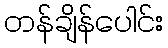
တန်ချိန်ပေါင်း